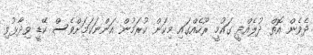
ދެވެން އޮތް ދުލެއްދީ ގައުމީ ރޫހެއްގައި މިކަން ކުރަމުން އަންނަކަމަށްވެސް ކޭޑީ ވިދާޅުވި